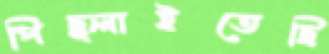
পিছ্‌লাইতেছি